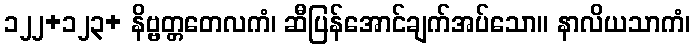
၁၂၂+၁၂၃+ နိဗ္ဗတ္တတေလကံ၊ ဆီပြန်အောင်ချက်အပ်သော။ နာလိယသာကံ၊